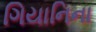
ગિયાનિના